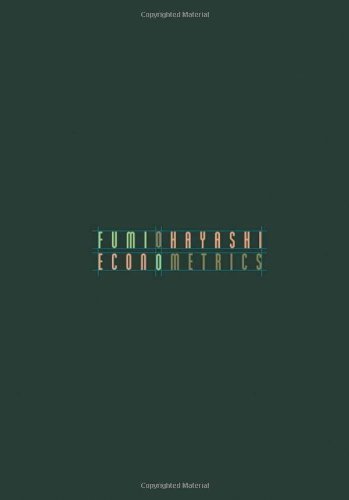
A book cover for Econometrics by Hayashi, Fumio unknown Edition [Hardcover(2000)]; Business & Money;